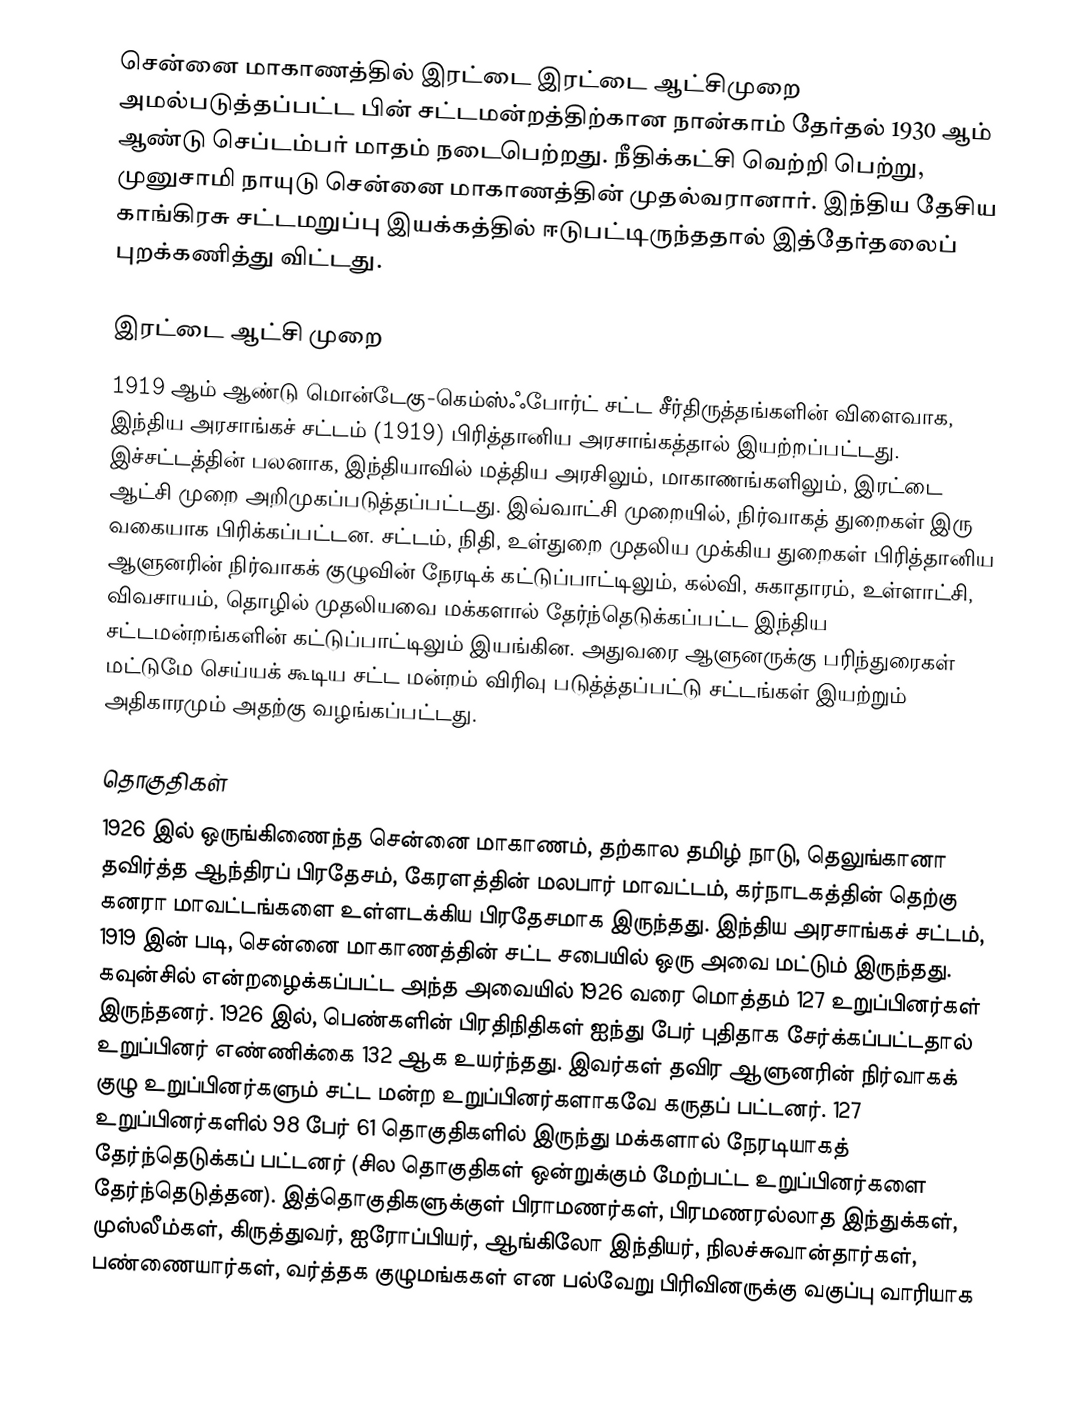
சென்னை மாகாணத்தில் இரட்டை இரட்டை ஆட்சிமுறை அமல்படுத்தப்பட்ட பின் சட்டமன்றத்திற்கான நான்காம் தேர்தல் 1930 ஆம் ஆண்டு செப்டம்பர் மாதம் நடைபெற்றது. நீதிக்கட்சி வெற்றி பெற்று, முனுசாமி நாயுடு சென்னை மாகாணத்தின் முதல்வரானார். இந்திய தேசிய காங்கிரசு சட்டமறுப்பு இயக்கத்தில் ஈடுபட்டிருந்ததால் இத்தேர்தலைப் புறக்கணித்து விட்டது.

இரட்டை ஆட்சி முறை
1919 ஆம் ஆண்டு மொன்டேகு-கெம்ஸ்ஃபோர்ட் சட்ட சீர்திருத்தங்களின் விளைவாக, இந்திய அரசாங்கச் சட்டம் (1919) பிரித்தானிய அரசாங்கத்தால் இயற்றப்பட்டது. இச்சட்டத்தின் பலனாக, இந்தியாவில் மத்திய அரசிலும், மாகாணங்களிலும், இரட்டை ஆட்சி முறை அறிமுகப்படுத்தப்பட்டது. இவ்வாட்சி முறையில், நிர்வாகத் துறைகள் இரு வகையாக பிரிக்கப்பட்டன. சட்டம், நிதி, உள்துறை முதலிய முக்கிய துறைகள் பிரித்தானிய ஆளுனரின் நிர்வாகக் குழுவின் நேரடிக் கட்டுப்பாட்டிலும், கல்வி, சுகாதாரம், உள்ளாட்சி, விவசாயம், தொழில் முதலியவை மக்களால் தேர்ந்தெடுக்கப்பட்ட இந்திய சட்டமன்றங்களின் கட்டுப்பாட்டிலும் இயங்கின. அதுவரை ஆளுனருக்கு பரிந்துரைகள் மட்டுமே செய்யக் கூடிய சட்ட மன்றம் விரிவு படுத்த்தப்பட்டு சட்டங்கள் இயற்றும் அதிகாரமும் அதற்கு வழங்கப்பட்டது.

தொகுதிகள்
1926 இல் ஒருங்கிணைந்த சென்னை மாகாணம், தற்கால தமிழ் நாடு, தெலுங்கானா தவிர்த்த ஆந்திரப் பிரதேசம், கேரளத்தின் மலபார் மாவட்டம், கர்நாடகத்தின் தெற்கு கனரா மாவட்டங்களை உள்ளடக்கிய பிரதேசமாக இருந்தது. இந்திய அரசாங்கச் சட்டம், 1919 இன் படி, சென்னை மாகாணத்தின் சட்ட சபையில் ஒரு அவை மட்டும் இருந்தது. கவுன்சில் என்றழைக்கப்பட்ட அந்த அவையில் 1926 வரை மொத்தம் 127 உறுப்பினர்கள் இருந்தனர். 1926 இல், பெண்களின் பிரதிநிதிகள் ஐந்து பேர் புதிதாக சேர்க்கப்பட்டதால் உறுப்பினர் எண்ணிக்கை 132 ஆக உயர்ந்தது. இவர்கள் தவிர ஆளுனரின் நிர்வாகக் குழு உறுப்பினர்களும் சட்ட மன்ற உறுப்பினர்களாகவே கருதப் பட்டனர். 127 உறுப்பினர்களில் 98 பேர் 61 தொகுதிகளில் இருந்து மக்களால் நேரடியாகத் தேர்ந்தெடுக்கப் பட்டனர் (சில தொகுதிகள் ஒன்றுக்கும் மேற்பட்ட உறுப்பினர்களை தேர்ந்தெடுத்தன). இத்தொகுதிகளுக்குள் பிராமணர்கள், பிரமணரல்லாத இந்துக்கள், முஸ்லீம்கள், கிருத்துவர், ஐரோப்பியர், ஆங்கிலோ இந்தியர், நிலச்சுவான்தார்கள், பண்ணையார்கள், வர்த்தக குழுமங்ககள் என பல்வேறு பிரிவினருக்கு வகுப்பு வாரியாக